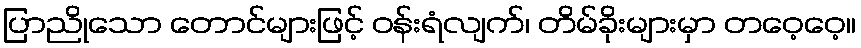
ပြာညိုသော တောင်များဖြင့် ဝန်းရံလျက်၊ တိမ်ခိုးများမှာ တဝေ့ဝေ့။